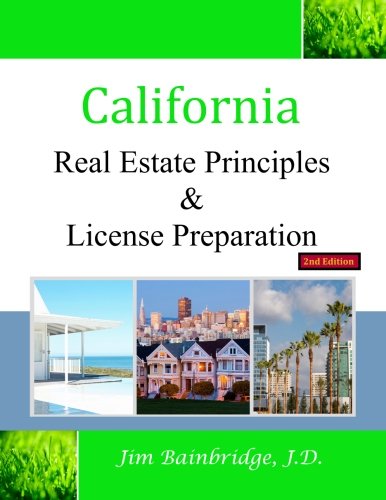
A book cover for California Real Estate Principles and License Preparation; Jim Bainbridge J.D.; Business & Money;